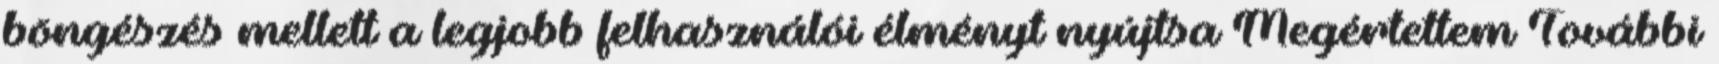
böngészés mellett a legjobb felhasználói élményt nyújtsa Megértettem További